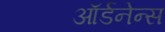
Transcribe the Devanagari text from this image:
ऑर्डनेन्स